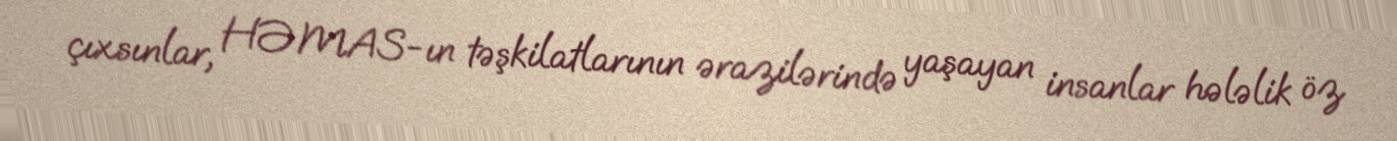
çıxsınlar, HƏMAS-ın təşkilatlarının ərazilərində yaşayan insanlar hələlik öz